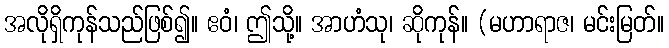
အလိုရှိကုန်သည်ဖြစ်၍။ ဧဝံ၊ ဤသို့။ အာဟံသု၊ ဆိုကုန်။ (မဟာရာဇ၊ မင်းမြတ်။